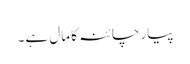
پیار چائنہ کا مال ہے۔